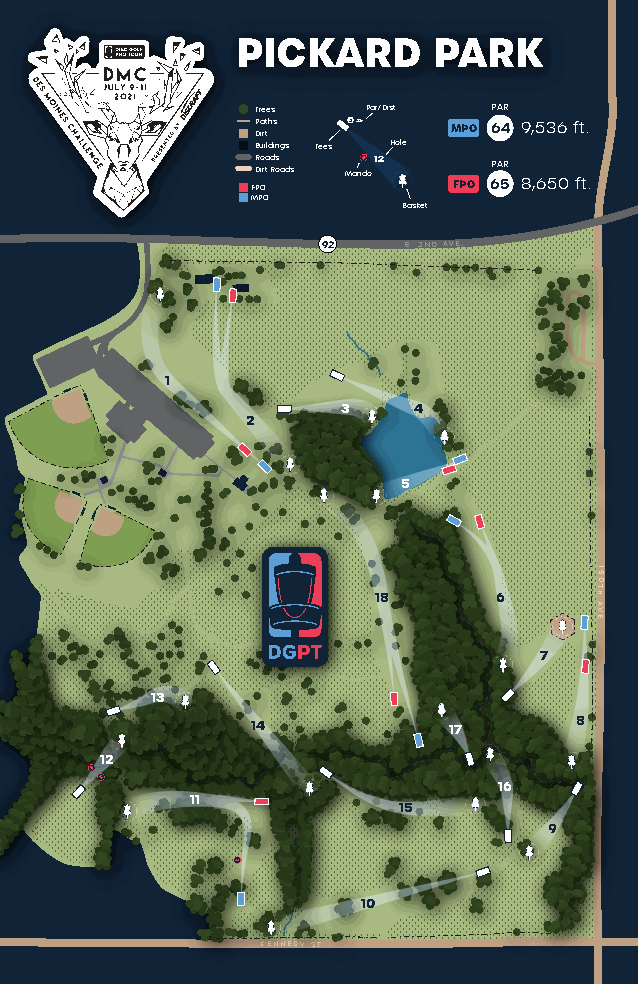
PICKARD      PARK
 Trees  Par/Dist. PAR
 P Da irtths 3351 MPO 64 9,536 ft.
 Buildings Tees Hole
 R Do ira t Rd os ads Mando12 PAR
 FPO          FPO 65 8,650 ft.
 MPO
 Basket
 92    E. 2ND AVE.
 1
 3   4
 2
 5
 51
 0
 18      6
 A
 HT
 V
 .E
 7
 13
 14           17      8
 12
 16
 11
 15
 9
 10
 KENNEDY ST.